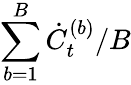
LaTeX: \sum_{b=1}^{B}\dot{C}_{t}^{(b)}/B